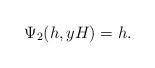
LaTeX: \begin{align*} \Psi_2(h,yH)=h. \end{align*}